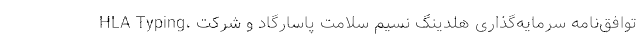
HLA Typing، توافق‌نامه سرمایه‌گذاری هلدینگ نسیم سلامت پاسارگاد و شرکت